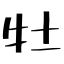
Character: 牡